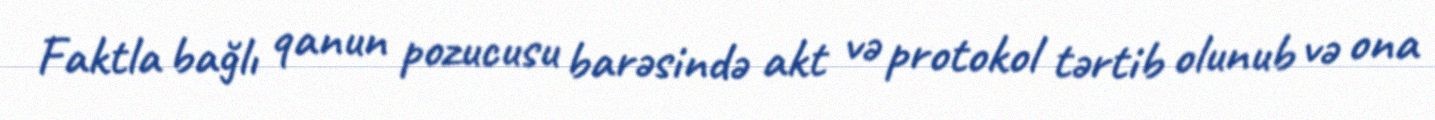
Faktla bağlı qanun pozucusu barəsində akt və protokol tərtib olunub və ona